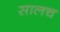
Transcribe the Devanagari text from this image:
सालच